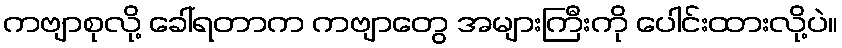
ကဗျာစုလို့ ခေါ်ရတာက ကဗျာတွေ အများကြီးကို ပေါင်းထားလို့ပဲ။